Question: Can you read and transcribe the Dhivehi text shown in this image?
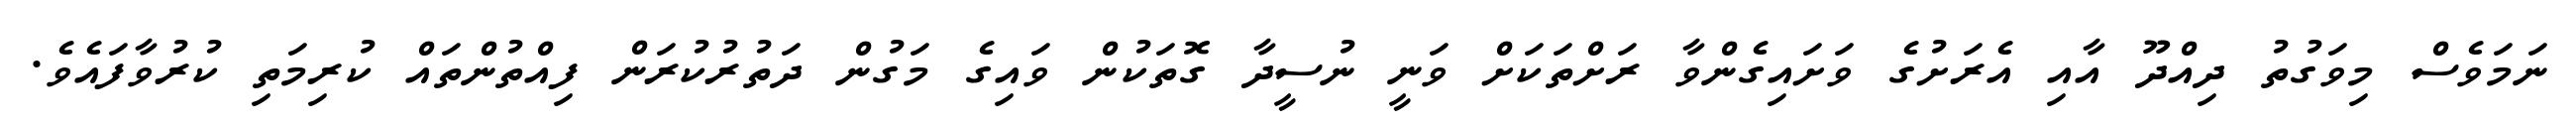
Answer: ނަމަވެސް މިވަގުތު ދިއްދޫ އާއި އެރަށުގެ ވަށައިގެންވާ ރަށްތަކަށް ވަނީ ނުސީދާ ގޮތަކުން ވައިގެ މަގުން ދަތުރުކުރަން ފިއްތުންތައް ކުރިމަތި ކުރުވާފައެވެ.